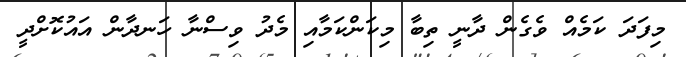
މިފަދަ ކަމެއް ވެގެން ދާނީ ތިބާ މިކަންކަމާއި މެދު ވިސްނާ ހަނދާން އައުކޮށްދީ